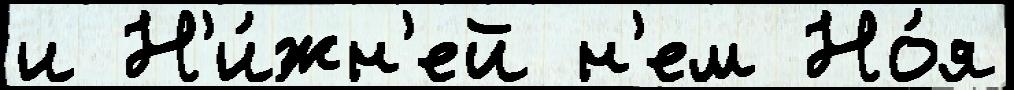
и Н'и́жн'ей н'ем Но́я